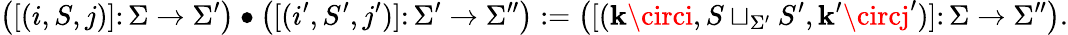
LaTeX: \big([(i,S,j)]\colon\Sigma\to\Sigma^{\prime}\big)\bullet\big([(i^{\prime},S^{\prime},j^{\prime})]\colon\Sigma^{\prime}\to\Sigma^{\prime\prime}\big):=\big([(\mathbf{k}\circi,S\sqcup_{\Sigma^{\prime}}S^{\prime},\mathbf{k}^{\prime}\circj^{\prime})]\colon\Sigma\to\Sigma^{\prime\prime}\big).